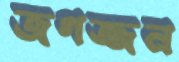
জগজ্জন